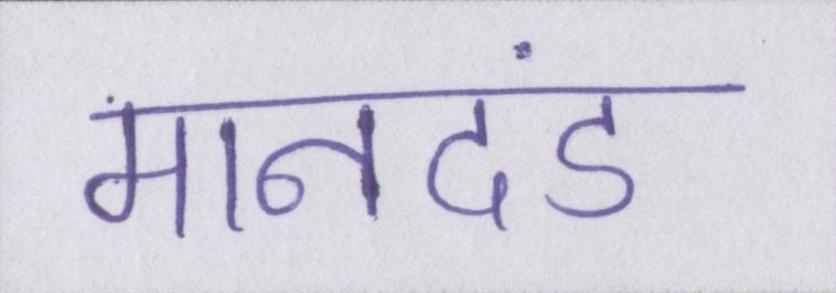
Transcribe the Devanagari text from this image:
मानदंड